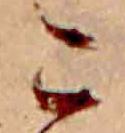
こ